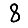
Digit: 8